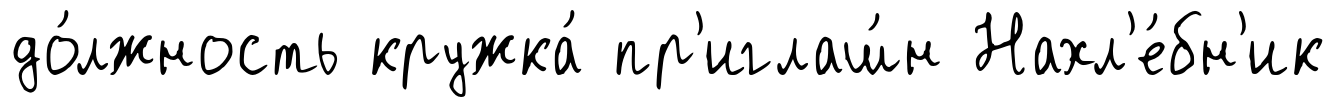
до́лжность кружка́ пр'иглаш́н Нахл'е́бн'ик